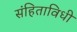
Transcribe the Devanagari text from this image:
संहिताविधी